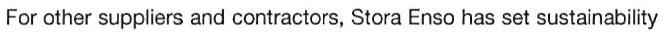
For other suppliers and contractors, Stora Enso has set sustainability